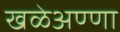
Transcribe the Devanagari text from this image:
खळेअण्णा